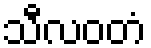
သီလဝတံ